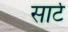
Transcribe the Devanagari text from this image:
सार्ट